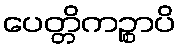
ပေတ္တိကဉ္စာပိ